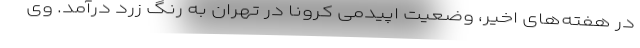
در هفته‌های اخیر، وضعیت اپیدمی کرونا در تهران به رنگ زرد درآمد. وی